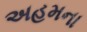
અહમના